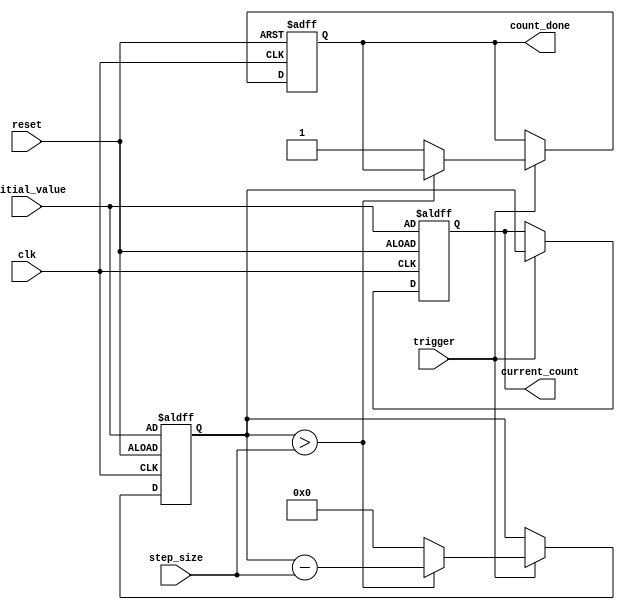
module decremental_counter (
    input wire clk,                // Clock signal
    input wire reset,              // Reset signal
    input wire trigger,            // Trigger signal to decrement
    input wire [7:0] initial_value,// Initial count value
    input wire [7:0] step_size,    // Step size for decrement
    output reg [7:0] current_count, // Current count value
    output reg count_done          // Signal when count reaches zero
);

    // Internal state
    reg [7:0] count_memory; // Memory block to store current count

    // Initialize the counter on reset
    always @(posedge clk or posedge reset) begin
        if (reset) begin
            count_memory <= initial_value; // Load initial value
            current_count <= initial_value; // Set current count
            count_done <= 1'b0;             // Reset done signal
        end else if (trigger) begin
            if (count_memory > step_size) begin
                count_memory <= count_memory - step_size; // Decrement by step size
            end else begin
                count_memory <= 8'b0; // Prevent underflow
                count_done <= 1'b1;    // Signal that count is done
            end
            current_count <= count_memory; // Update current count
        end
    end

endmodule